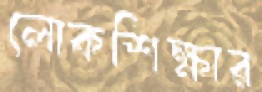
লোকশিক্ষার